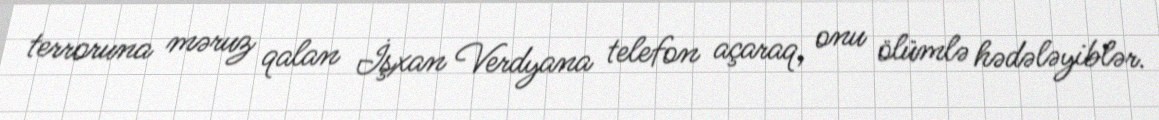
terroruna məruz qalan İşxan Verdyana telefon açaraq, onu ölümlə hədələyiblər.